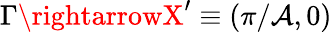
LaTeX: \Gamma\rightarrowX^{\prime}\equiv(\pi/\mathcal{A},0)